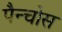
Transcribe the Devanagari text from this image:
पैन्चोस